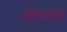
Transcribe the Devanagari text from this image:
अतिजहाल